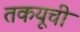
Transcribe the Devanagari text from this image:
तकयूची